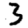
Digit: 3